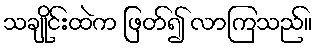
သချိုင်းထဲက ဖြတ်၍ လာကြသည်။